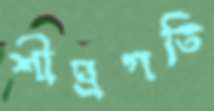
শীঘ্রগতি